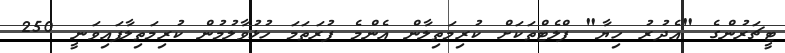
ޓީޗަރުންގެ "އެދުރު ހިޔާ" ފްލެޓްތަކަށް ކުރިމަތިލާން އެންމެ ފުރަތަމަ ހުޅުވާލުމުން ކުރިމަތިލާފައިވަނީ 250